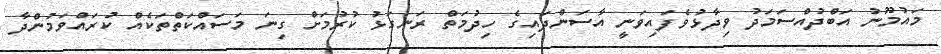
މައުމޫނު އަބްދުއްސަމަދު ވިދާޅުވެފައިވަނީ އާސަންދައިގެ ހިދުމަތް ރަނގަޅު ކުރުމަށް ގިނަ މަސައްކަތްތަކެއް ކުރައްވަމުންދާ